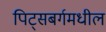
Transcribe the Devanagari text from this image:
पिट्सबर्गमधील